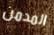
المدمن